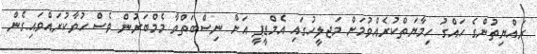
ރައްޔިތުންގެ ހައްގު ހިމާޔަތްކުރެއްވުމަށް މަޖލީހުގައި އެމްޑީޕީ އަށް ނިސްބަތްވާ މެމްބަރުން ވެސް ހުވާކުރައްވައިގެން